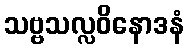
သဗ္ဗသလ္လဝိနောဒနံ